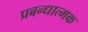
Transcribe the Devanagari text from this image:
प्रबन्धात्मक